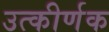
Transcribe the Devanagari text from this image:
उत्कीर्णक